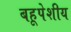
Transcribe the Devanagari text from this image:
बहूपेशीय